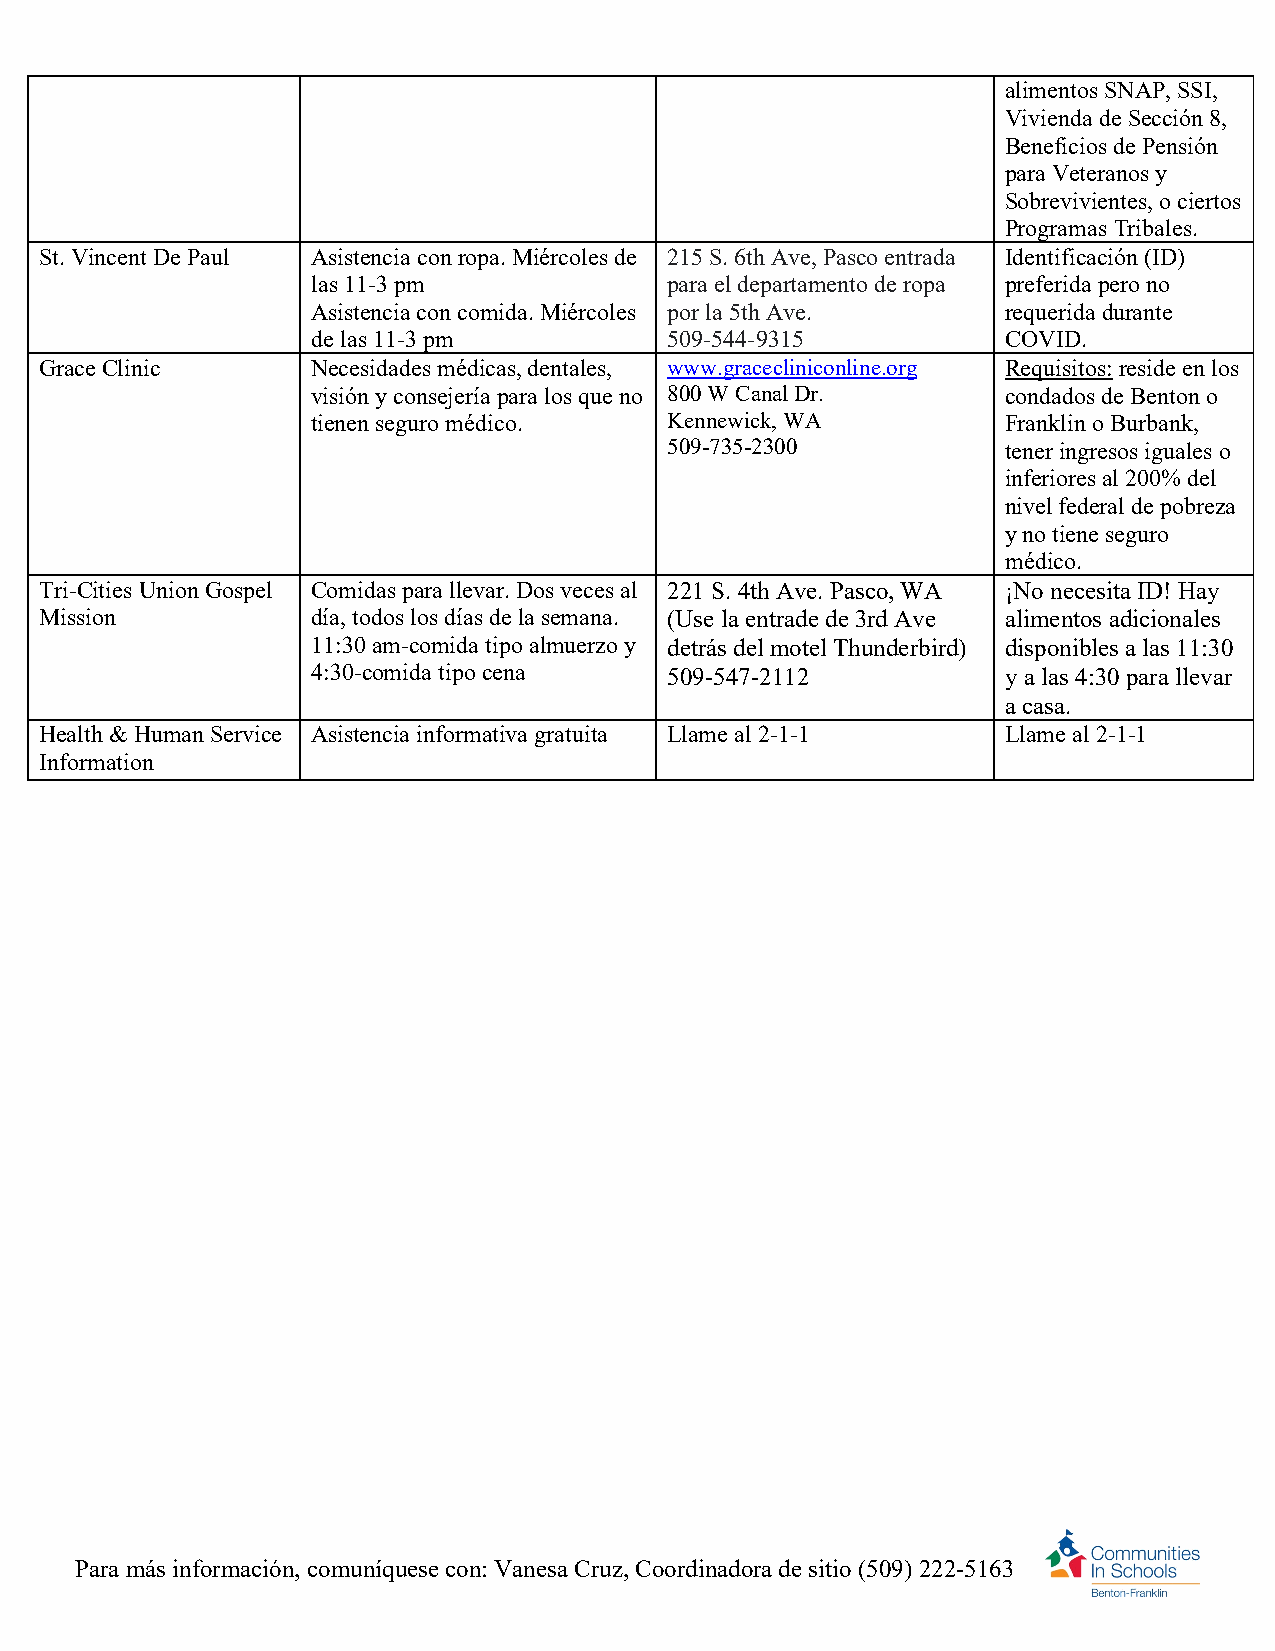
alimentos SNAP, SSI,
 Vivienda de Sección 8,
 Beneficios de Pensión
 para Veteranos y
 Sobrevivientes, o ciertos
 Programas Tribales.
 St. Vincent De Paul Asistencia con ropa. Miércoles de 215 S. 6th Ave, Pasco entrada Identificación (ID)
 las 11-3 pm            para el departamento de ropa preferida pero no
 Asistencia con comida. Miércoles por la 5th Ave. requerida durante
 de las 11-3 pm         509-544-9315           COVID.
 Grace Clinic      Necesidades médicas, dentales, www.gracecliniconline.org Requisitos: reside en los
 visión y consejería para los que no 800 W Canal Dr. condados de Benton o
 tienen seguro médico.  Kennewick, WA          Franklin o Burbank,
 509-735-2300           tener ingresos iguales o
 inferiores al 200% del
 nivel federal de pobreza
 y no tiene seguro
 médico.
 Tri-Cities Union Gospel Comidas para llevar. Dos veces al 221 S. 4th Ave. Pasco, WA ¡No necesita ID! Hay
 Mission           día, todos los días de la semana. (Use la entrade de 3rd Ave alimentos adicionales
 11:30 am-comida tipo almuerzo y detrás del motel Thunderbird) disponibles a las 11:30
 4:30-comida tipo cena  509-547-2112           y a las 4:30 para llevar
 a casa.
 Health & Human Service Asistencia informativa gratuita Llame al 2-1-1 Llame al 2-1-1
 Information
 Para más información, comuníquese con: Vanesa Cruz, Coordinadora de sitio (509) 222-5163